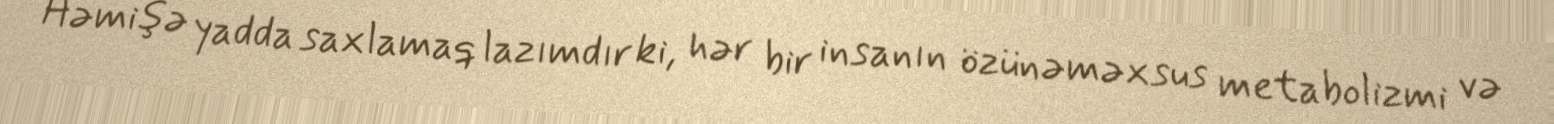
Həmişə yadda saxlamaq lazımdır ki, hər bir insanın özünəməxsus metabolizmi və